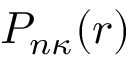
P _ { n \kappa } ( r )